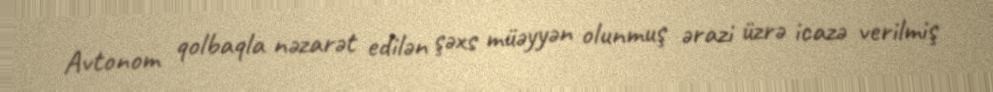
Avtonom qolbaqla nəzarət edilən şəxs müəyyən olunmuş ərazi üzrə icazə verilmiş